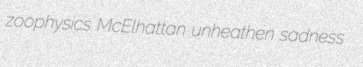
zoophysics McElhattan unheathen sadness